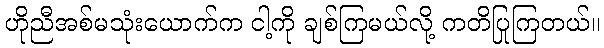
ဟိုညီအစ်မသုံးယောက်က ငါ့ကို ချစ်ကြမယ်လို့ ကတိပြုကြတယ်။